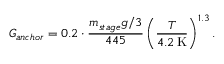
G _ { a n c h o r } = 0 . 2 \cdot \frac { m _ { s t a g e } g / 3 } { 4 4 5 } \left( \frac { T } { 4 . 2 \, \mathrm { K } } \right) ^ { 1 . 3 } .